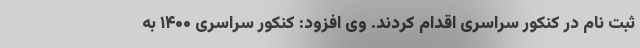
ثبت نام در کنکور سراسری اقدام کردند. وی افزود: کنکور سراسری ۱۴۰۰ به